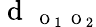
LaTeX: \mathrm{~d~}_{\mathrm{~\scriptsize~O~}_{1}\mathrm{~\scriptsize~O~}_{2}}